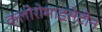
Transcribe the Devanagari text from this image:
क्लोरोमाइसेटीन